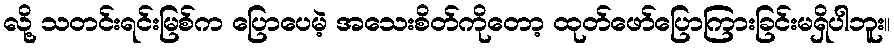
လို့ သတင်းရင်းမြစ်က ပြောပေမဲ့ အသေးစိတ်ကိုတော့ ထုတ်ဖော်ပြောကြားခြင်းမရှိပါဘူး။